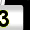
Digit: 3